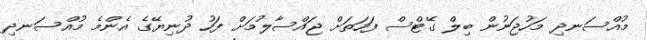
މުއްސަނދި މަހުޖަނުން ބިލް ގޭޓްސް ފަހަތަށް ޖައްސާލުމަށް ފަހު ދުނިޔޭގެ އެންމެ މުއްސަނދި